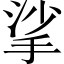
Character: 挲